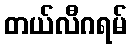
တယ်လီဂရမ်